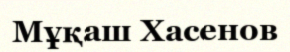
Мұқаш Хасенов